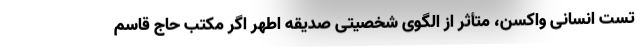
تست انسانی واکسن، متأثر از الگوی شخصیتی صدیقه اطهر اگر مکتب حاج قاسم